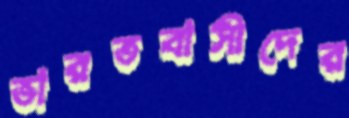
ভারতবাসীদের